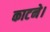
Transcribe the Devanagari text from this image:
काटने।